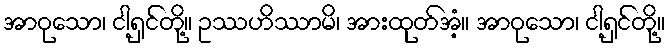
အာဝုသော၊ ငါ့ရှင်တို့။ ဥဿဟိဿာမိ၊ အားထုတ်အံ့။ အာဝုသော၊ ငါ့ရှင်တို့။